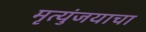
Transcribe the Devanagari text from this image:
मृत्युंजयाचा